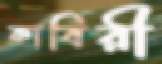
কাবিরী